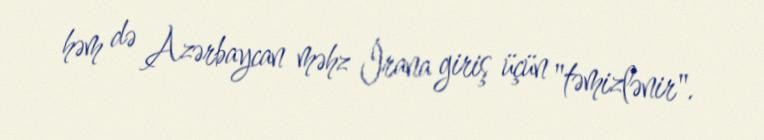
həm də Azərbaycan məhz İrana giriş üçün "təmizlənir".